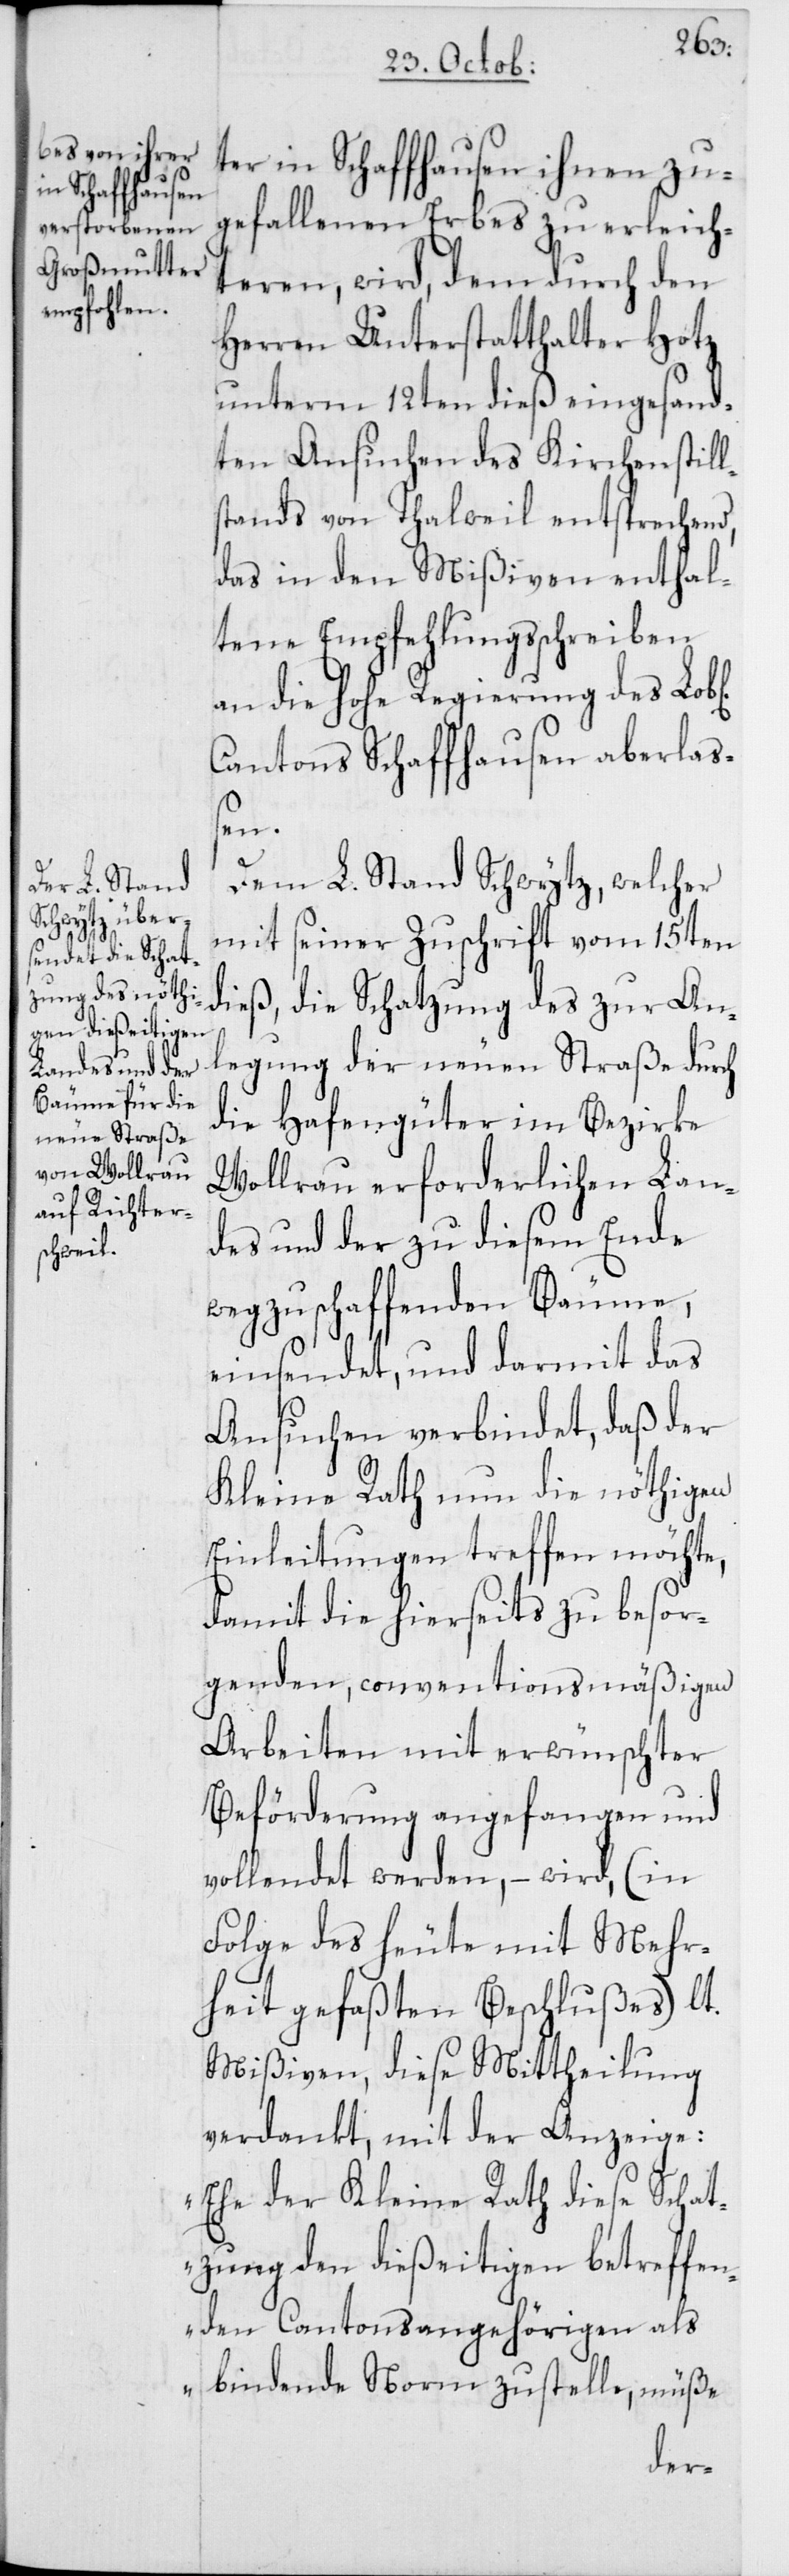
chen&
ter in Schaffhausen ihnen zu¬
gefallenen Erbes zu erleich¬
teren, wird, dem durch den
Herren Unterstatthalter Hotz
unterm 12ten dieß eingesand¬
ten Ansuchen des Kirchenstill¬
stands von Thalwil entsprechend,
das in den Mißiven enthal¬
tene Empfehlungsschreiben
an die hohe Regierung des Lo¬
Cantons Schaffhausen aberlaß¬
en.
Dem L. Stand Schwytz, welcher
mit seiner Zuschrift vom 15ten
dieß, die Schatzung des zur An¬
legung der neuen Straße durch
die Hafengüter im Bezirke
Wollerau erforderlichen Lan¬
des und der zu diesem Ende
wegzuschaffenden Bäume,
einsendet, und darmit das
Ansuchen verbindet, daß der
Kleine Rath nun die nöthigen
Einleitungen treffen möchte,
damit die hierseits zu besor¬
genden, conventionsmäßigen
Arbeiten mit erwünschter
Beförderung angefangen und
vollendet werden, – wird, (in
Folge des heute mit Mehr¬
heit gefaßten Beschlußes) lt.
Mißiven, diese Mittheilung
verdankt, mit der Anzeige:
„Ehe der Kleine Rath diese Schat¬
zung den dießeitigen betreffen¬
den Cantonsangehörigen als
bindende Norm zustelle, müße